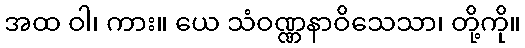
အထ ဝါ၊ ကား။ ယေ သံဝဏ္ဏနာဝိသေသာ၊ တို့ကို။